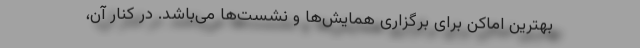
بهترین اماکن برای برگزاری همایش‌ها و نشست‌ها می‌باشد. در کنار آن،